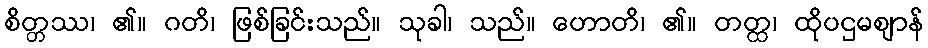
စိတ္တဿ၊ ၏။ ဂတိ၊ ဖြစ်ခြင်းသည်။ သုခါ၊ သည်။ ဟောတိ၊ ၏။ တတ္ထ၊ ထိုပဌမဈာန်